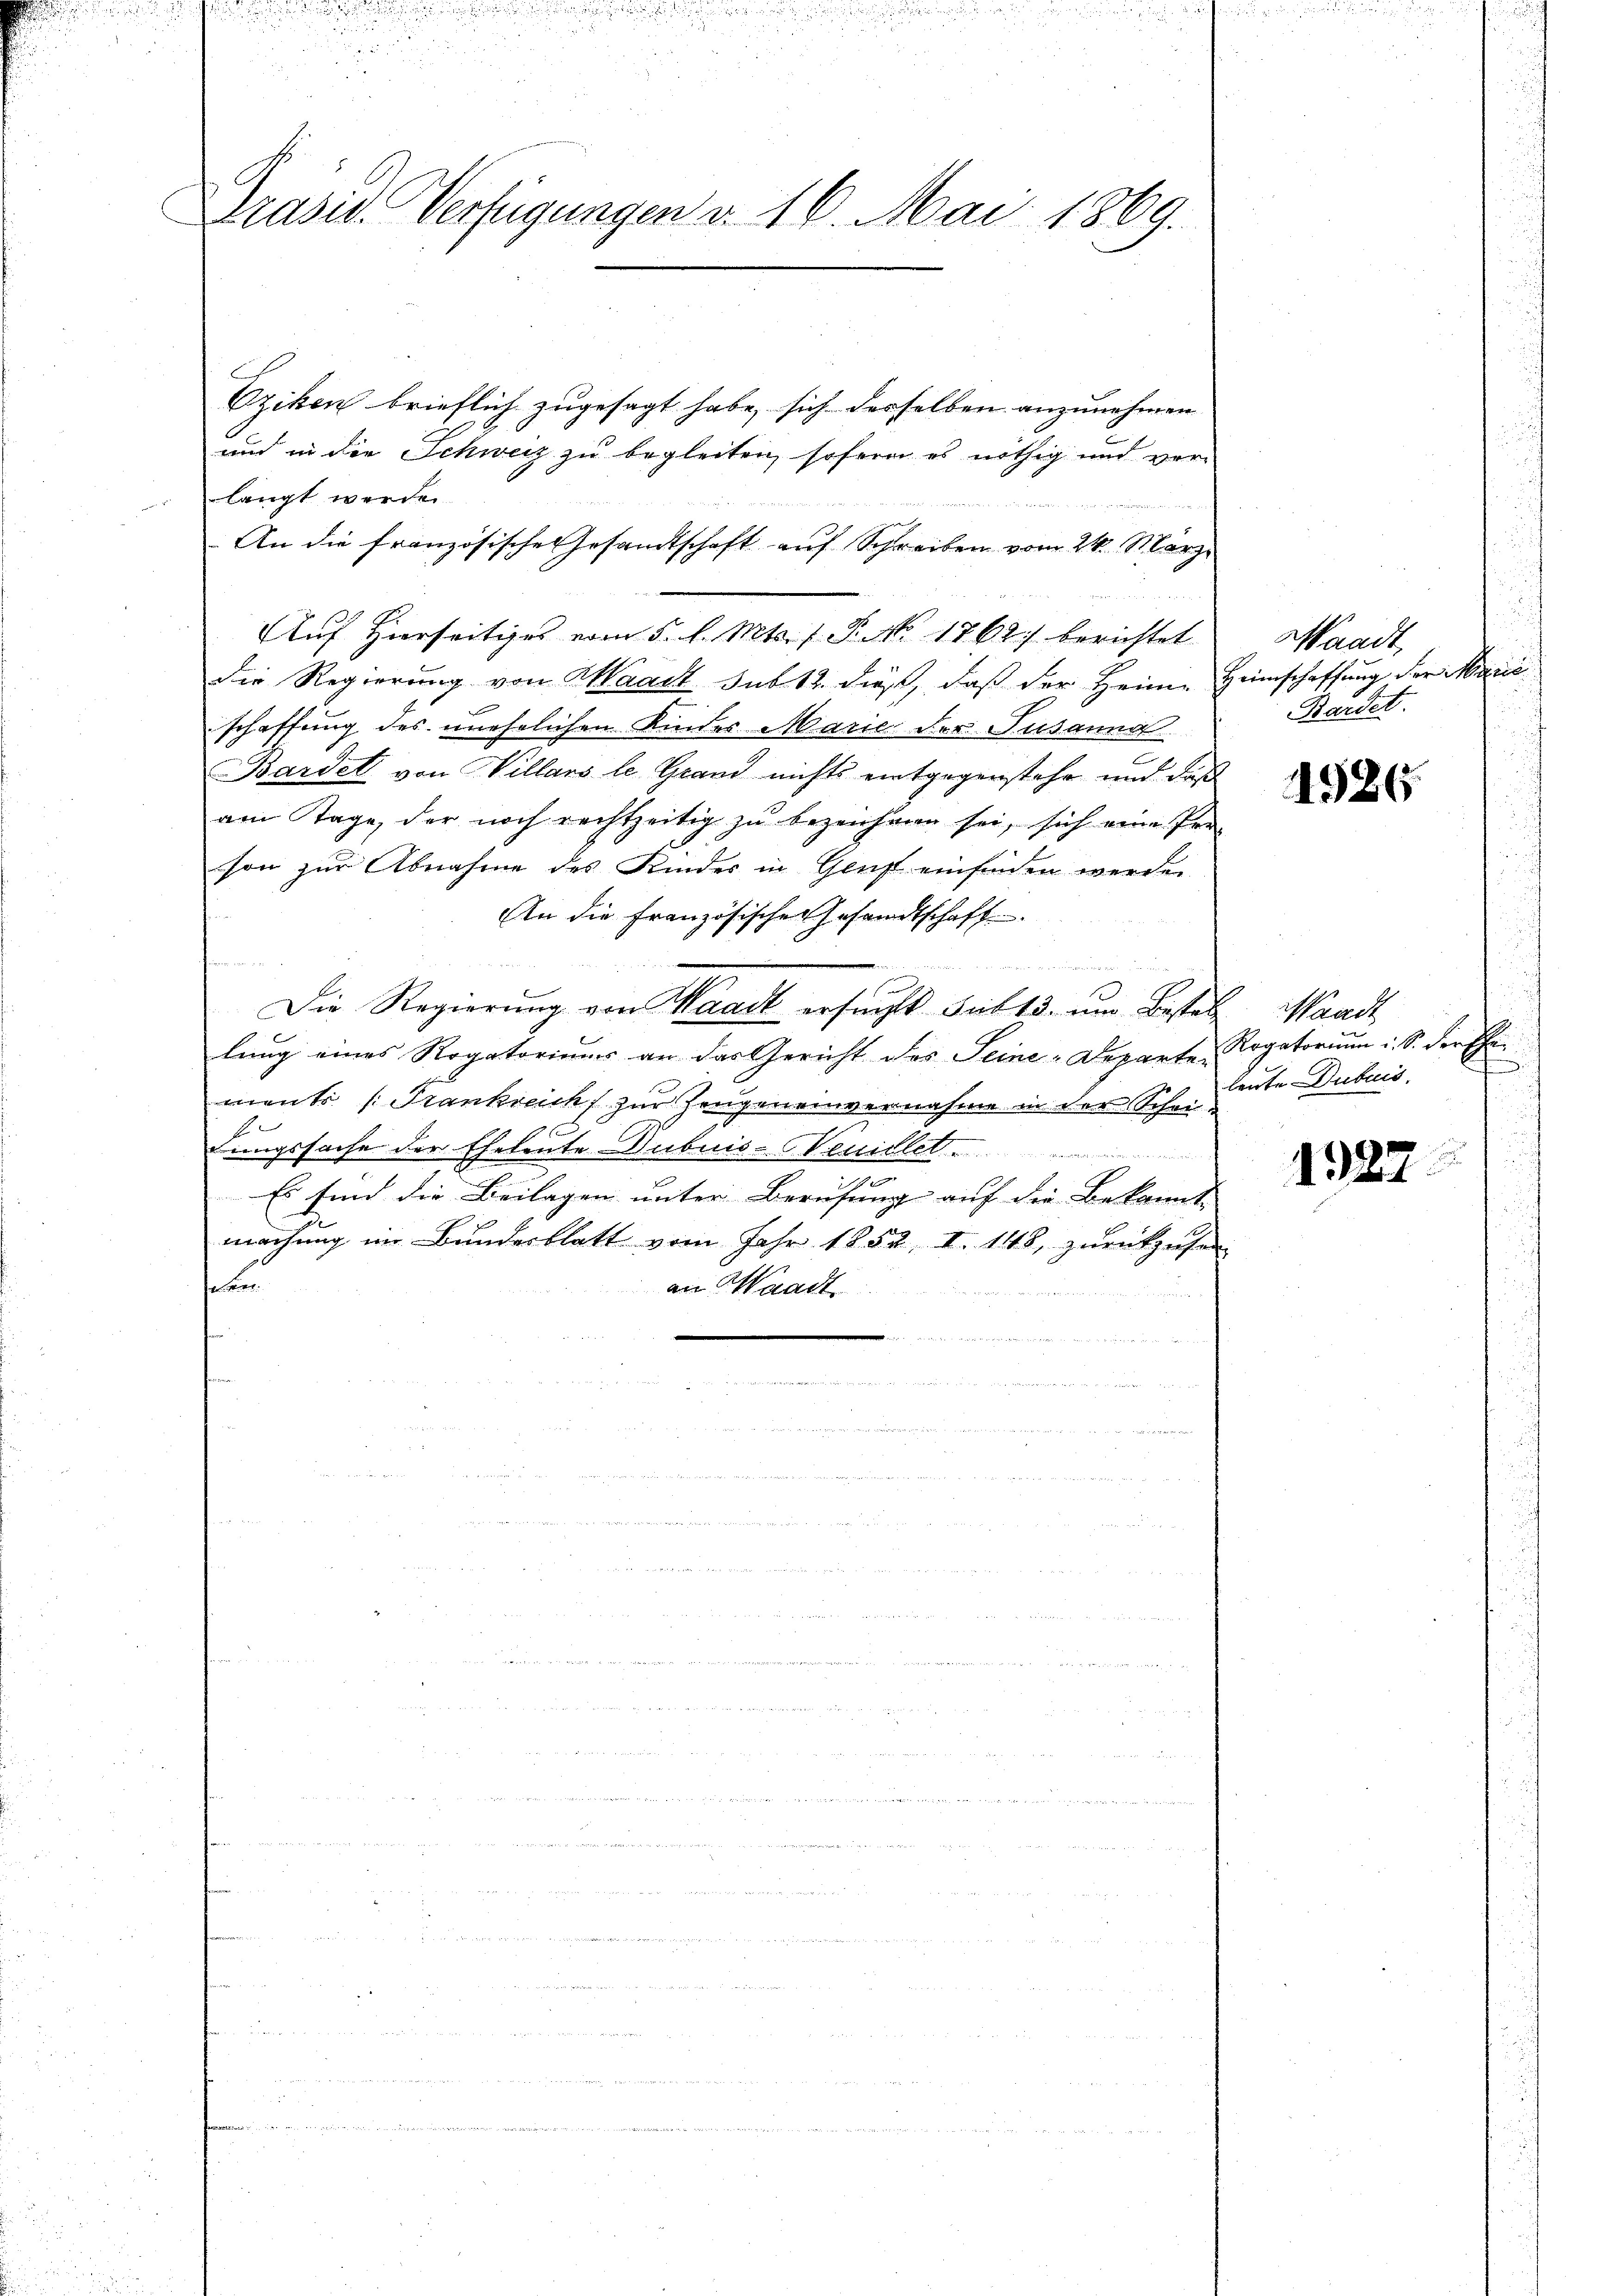
Präsid. Verfügungen v. 16. Mai 1869.

Eziken brieflich zugesagt habe, sich derselben anzunehmen
und in die Schweiz zu begleiten, sofern es nöthig und verlangt werden.

An die französische Gesandtschaft auf Schreiben vom 24. März
Auf Hierseitiges vom 5. d. Mts. f. P. No 1768.) berichtet
Die Regierung von Waadt sub 12. dieß, daß der Heim Heimschaffung der Marie
schaffung des unehelichen Kinder Marie der Susanna
Bardet von Willans le Grand nichts entgegenstehe und daß
am Tage, der noch rechtzeitig zu bezeichnen sei, sich eine Proson zur Abnahme des Kinder in Genf einfinden werden
An die Französischer Gesandtschaft
n
Die Regierung von Waadt ersucht sub 15. um Bestal, Waadt
lung eines Rogatoriums an das Gericht des Seine-Departe Rogatorium i. S. der Ehe-
ments (Trankreich zur Zeugen einvernahme in der Schei-
1 f
dungssache der Eheleute Dubuis-Neuicle

Es sind die Beilagen unter Berufung auf die Bekannt |
machung im Bundesblatt vom Jahr 1852, I. 148, zurückziehen
ee
an Waadt

Waadt,
Kardet.

4926.

f
leute Dubuis,

1927